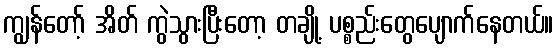
ကျွန်တော့် အိတ် ကွဲသွားပြီးတော့ တချို့ ပစ္စည်းတွေပျောက်နေတယ်။